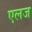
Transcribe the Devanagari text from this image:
एलज